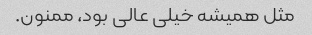
مثل همیشه خیلی عالی بود، ممنون.